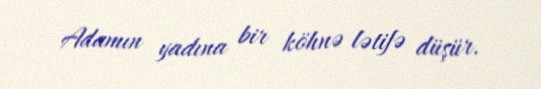
Adamın yadına bir köhnə lətifə düşür.